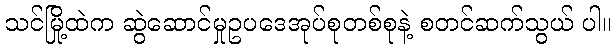
သင်မြို့ထဲက ဆွဲဆောင်မှုဥပဒေအုပ်စုတစ်စုနဲ့ စတင်ဆက်သွယ် ပါ။